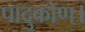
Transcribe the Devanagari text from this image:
पादुकोण।